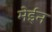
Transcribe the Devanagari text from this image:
मेईन